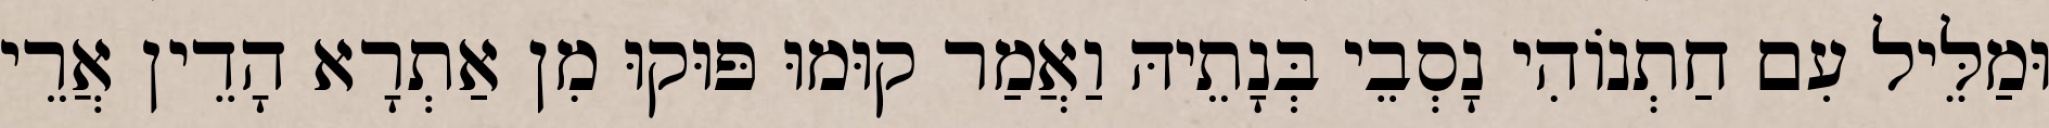
וּמַלֵּיל עִם חַתְנוֹהִי נָסְבֵי בְּנָתֵיהּ וַאֲמַר קוּמוּ פּוּקוּ מִן אַתְרָא הָדֵין אֲרֵי